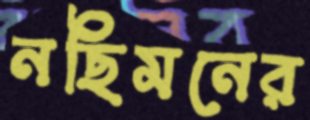
নছিমনের